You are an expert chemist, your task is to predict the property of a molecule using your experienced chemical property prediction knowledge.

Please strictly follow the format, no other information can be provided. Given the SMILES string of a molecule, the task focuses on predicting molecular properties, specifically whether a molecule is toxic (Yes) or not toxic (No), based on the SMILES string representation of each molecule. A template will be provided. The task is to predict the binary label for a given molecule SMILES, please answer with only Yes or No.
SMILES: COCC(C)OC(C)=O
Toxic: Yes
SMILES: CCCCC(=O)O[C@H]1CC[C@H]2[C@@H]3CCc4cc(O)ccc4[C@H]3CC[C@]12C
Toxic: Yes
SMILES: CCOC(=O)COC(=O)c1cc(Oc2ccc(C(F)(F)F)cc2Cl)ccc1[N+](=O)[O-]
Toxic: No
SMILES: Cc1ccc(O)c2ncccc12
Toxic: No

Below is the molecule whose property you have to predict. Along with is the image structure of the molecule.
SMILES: O=C([O-])Cc1cccc2ccccc12
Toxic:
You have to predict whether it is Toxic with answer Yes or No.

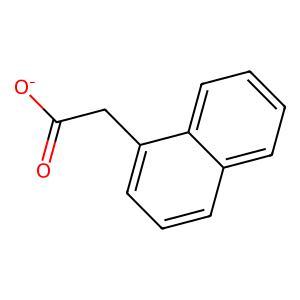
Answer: No